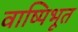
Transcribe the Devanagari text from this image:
वाष्पिभूत